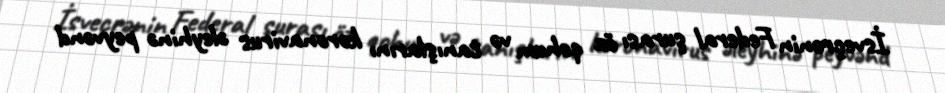
İsveçrənin Federal şurası öz qohum və tanışlarını koronavirus əleyhinə peyvənd